Plague in India, 1896, 1897 - Volume 3
Year: 1896
Disease focus: Plague
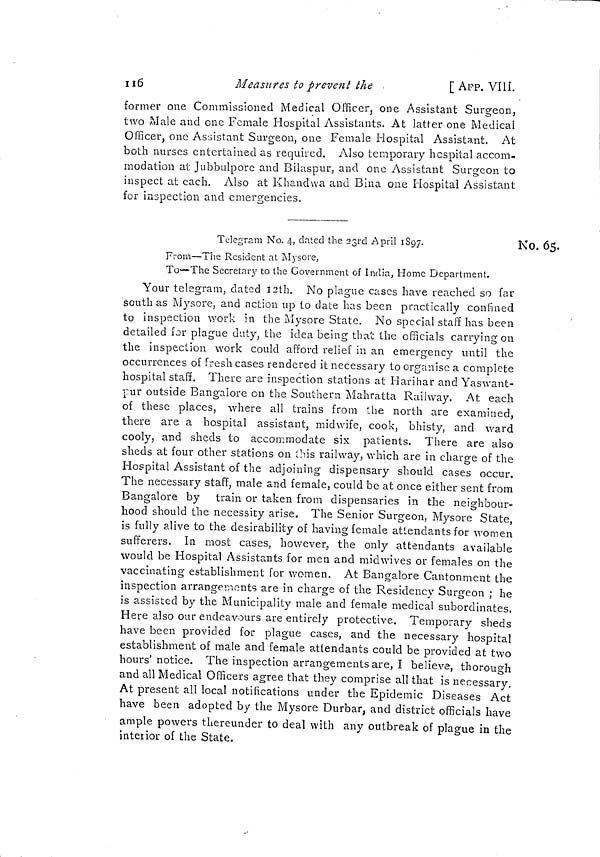
no
Measures to prevent the
[ APP. VIIÍ.
former one Commissioned Medical Officer, one Assistant Surgeon,
two Male and one Female Hospital Assistants. At latter one Medical
Officer, one Assistant Surgeon, one Female Hospital Assistant. At
both nurses entertained as required. Also temporary hospital accom-
modation at Jubbulporc and Bilaspur, and one Assistant Surgeon to
inspect at each. Also at Khandwa and Bina one Hospital Assistant
for inspection and emergencies,
No. 65.
Telegram No. 4, dated the 231-0! April 1897.
;
From—The Resident at Mysore,
To—The Secretary to the Government of India, Home Department.
Your telegram, dated isth. No plague cases have reached so far
south as Mysore, and action up to date has been practically confined
to inspection work in the Mysore State. No special staff has been
detailed for plague duty, the idea being thai: the officials carrying on
the inspection work could afford relief in an emergency until the
occurrences of Fresh cases rendered it necessary to organise a complete
hospital staff. There are inspection stations at Harihar and Yaswant-
jpur outside Bangalore on the Southern Mahratta Railway. At each
of these places, where all trains from the north are examined,
there are a hospital assistant, midwife, cook, bhisty, and ward
cooly, and sheds to accommodate six patients. There are also
sheds at four other stations on ihis railway, which are in charge of the
Hospital Assistant of the adjoining dispensary should cases occur.
The necessary staff, male and female, could be at once either sent from
Bangalore by train or taken from dispensaries in the neighbour-
hood should the necessity arise. The Senior Surgeon, Mysore State,
is fully alive to the desirability of having female attendants for women
sufferers. In most cases, however,, the only attendants available
would be Hospital Assistants for men and midwives or females on the
vaccinating establishment for women. At Bangalore Cantonment the
inspection arrangements are in charge of the Residency Surgeon ; he
is assisted by the Municipality male and female medical subordinates.
Here also our endeavours are entirely protective. Temporary sheds
have been provided for plague cases, and the necessary hospital
establishment of male and female attendants could be provided at two
hours' notice. The inspection arrangements are, I believe, thorough
and all Medical Officers agree that they comprise all that is necessary.
At present all local notifications under the Epidemic Diseases Act
have been adopted by the Mysore Durbar, and district officials have
ample powers thereunder to deal with any outbreak of plague in the
inteiior of the State.